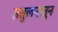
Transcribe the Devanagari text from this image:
संतुलनातून